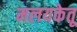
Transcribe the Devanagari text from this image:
मलयकेतू